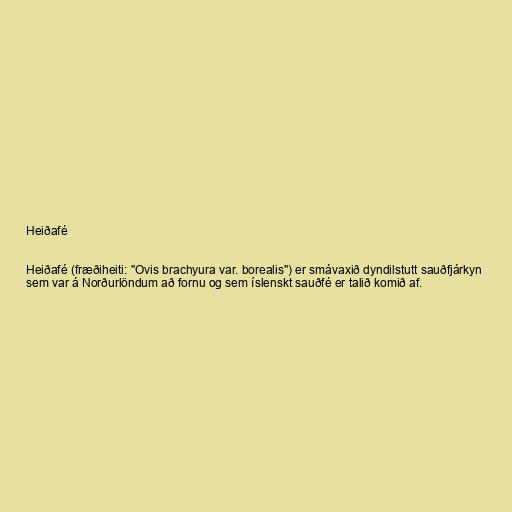
Heiðafé

Heiðafé (fræðiheiti: "Ovis brachyura var. borealis") er smávaxið dyndilstutt sauðfjárkyn
sem var á Norðurlöndum að fornu og sem íslenskt sauðfé er talið komið af.